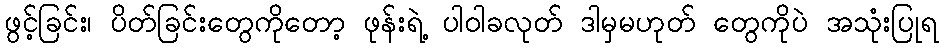
ဖွင့်ခြင်း၊ ပိတ်ခြင်းတွေကိုတော့ ဖုန်းရဲ့ ပါဝါခလုတ် ဒါမှမဟုတ် တွေကိုပဲ အသုံးပြုရ